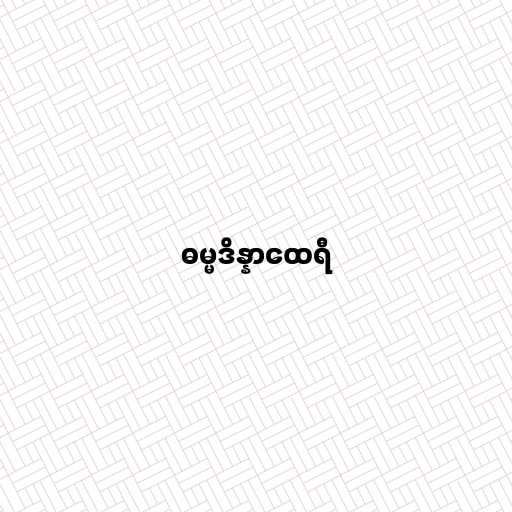
ဓမ္မဒိန္နာထေရီ